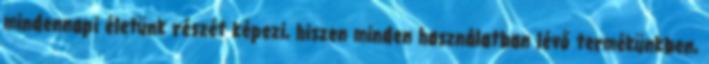
mindennapi életünk részét képezi, hiszen minden használatban lévő termékünkben,